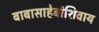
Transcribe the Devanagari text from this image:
बाबासाहेबांशिवाय